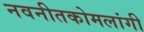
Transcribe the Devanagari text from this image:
नवनीतकोमलांगी